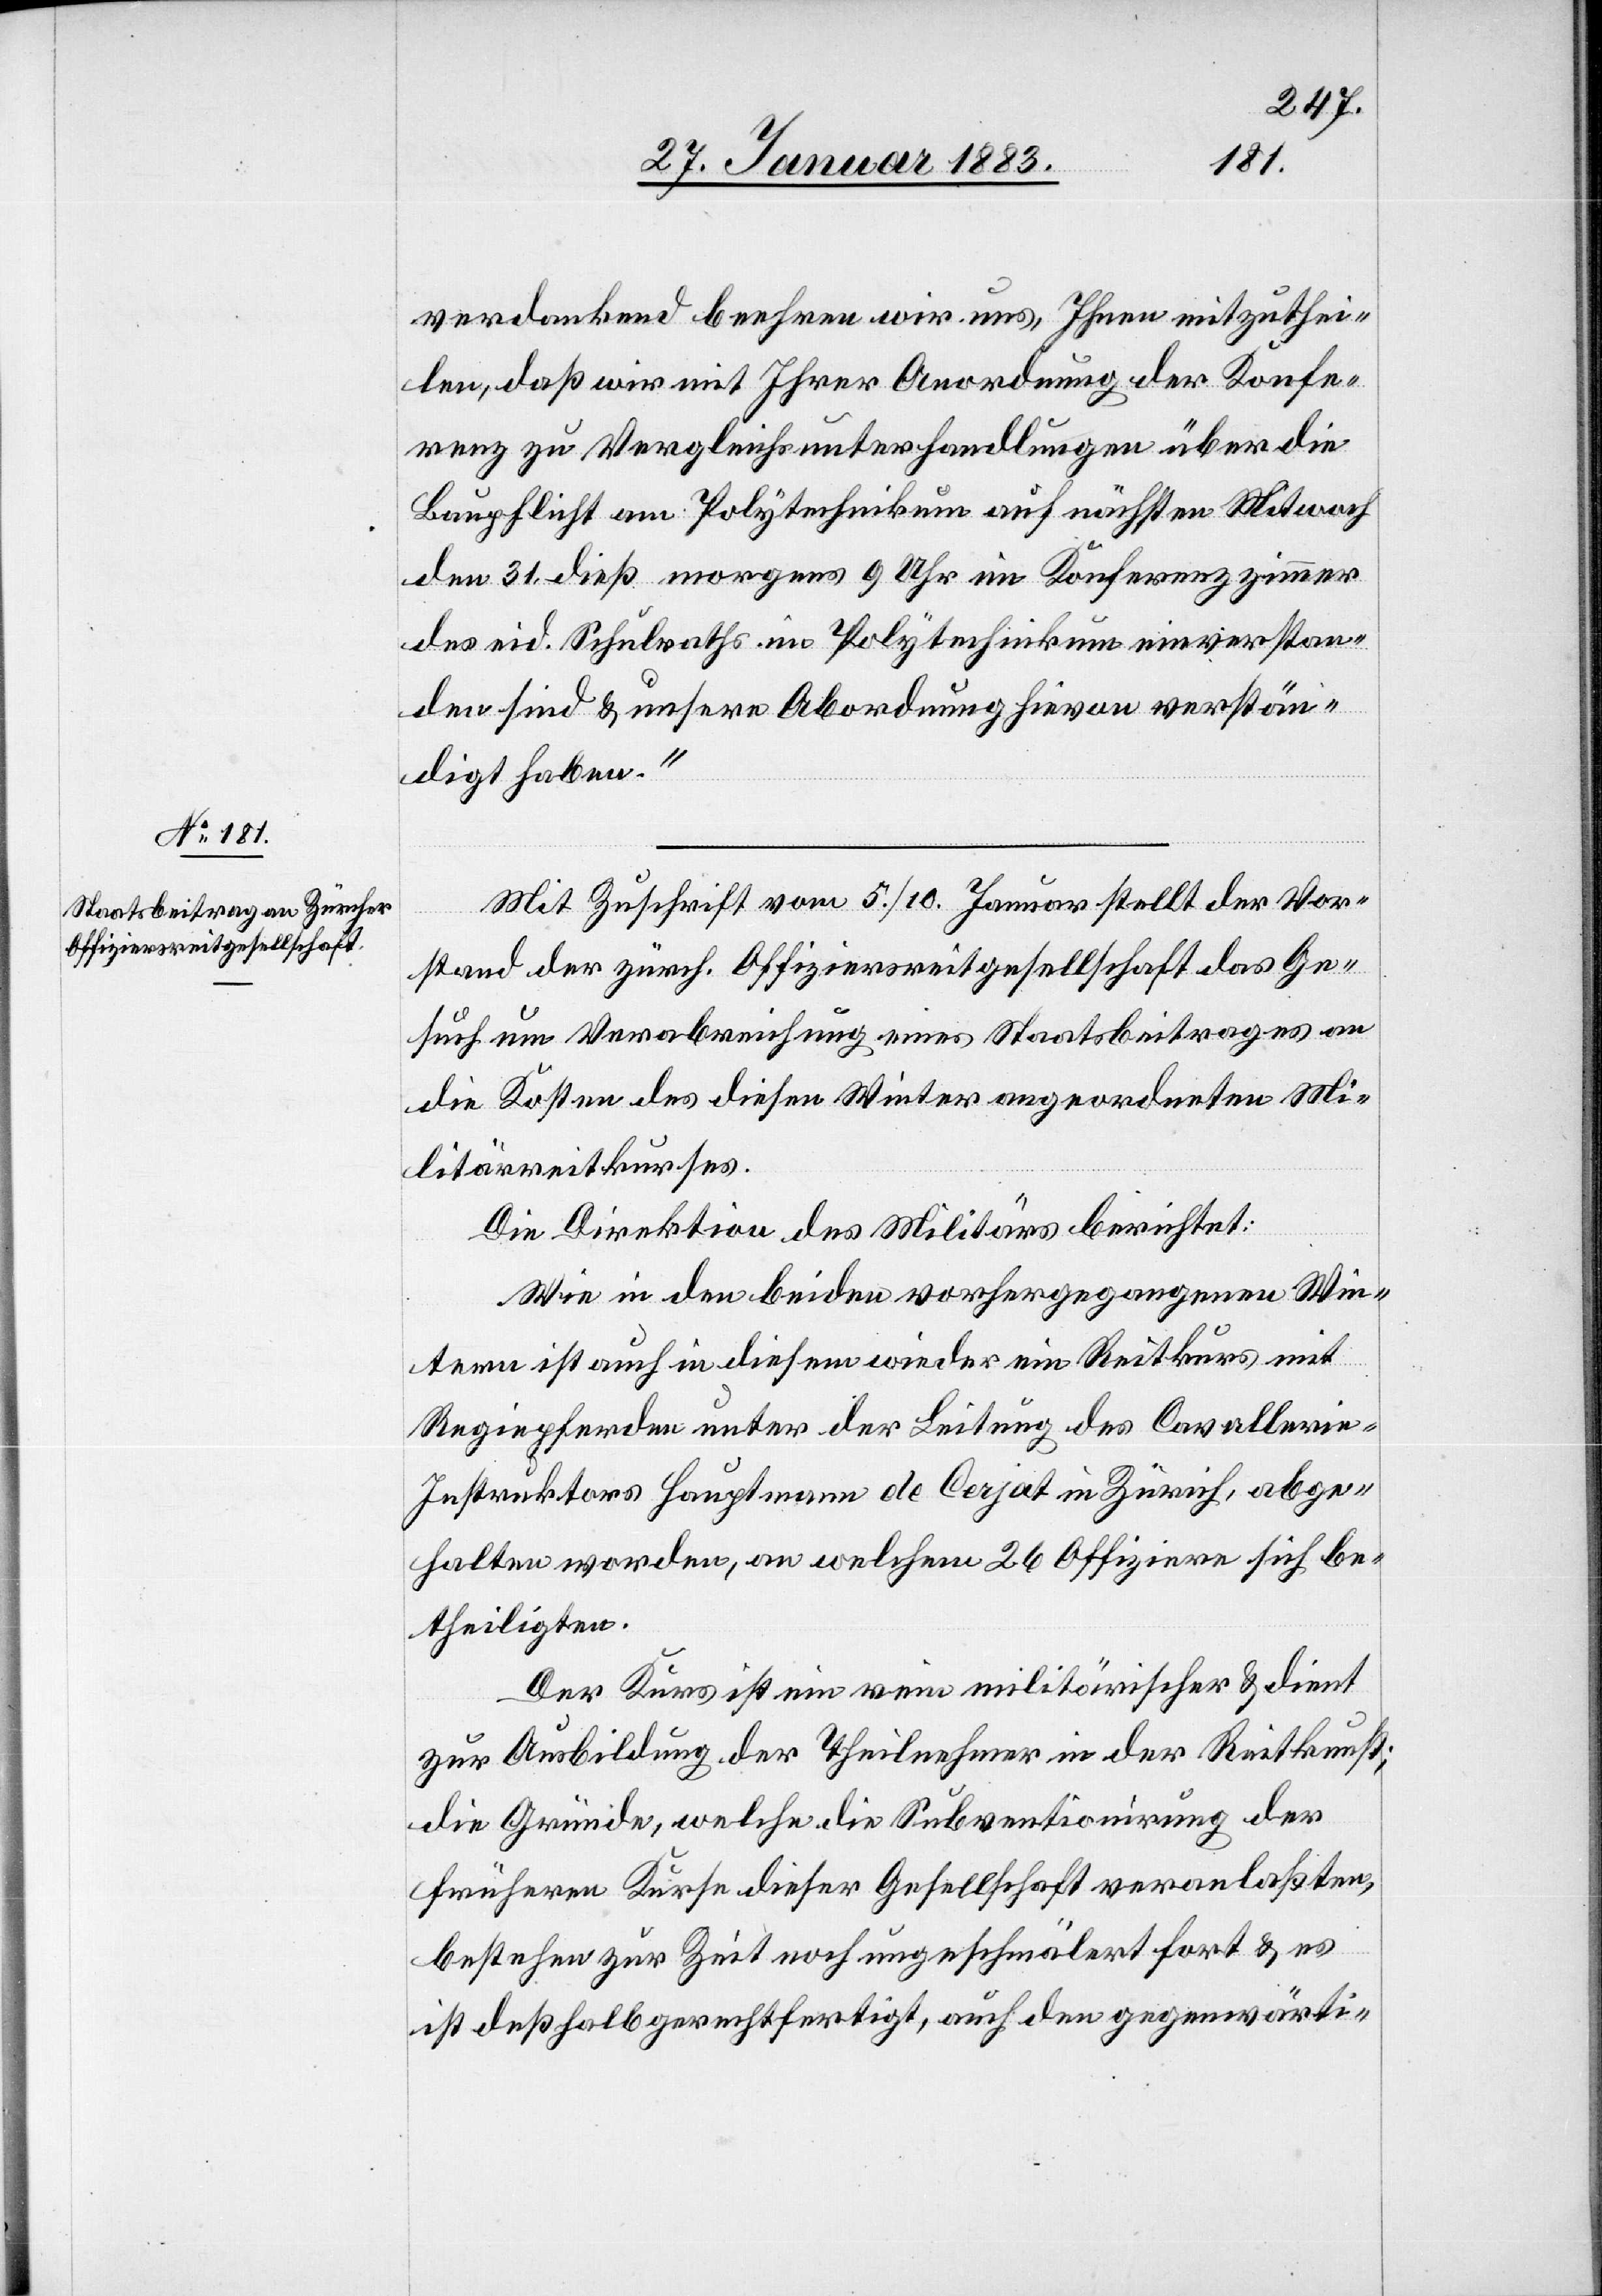
verdankend beehren wir uns, Ihnen mitzuthei¬
len, daß wir mit Ihrer Anordnung der Konfe¬
renz zu Vergleichsunterhandlungen über die
Baupflicht am Polytechnikum auf nächsten Mitwoch
den 31. dieß morgens um 9 Uhr im Konferenzzimmer
des eid. Schulraths im Polytechnikum einverstan¬
den sind & unsere Abordnung hievon verstän¬
digt haben.“
Mit Zuschrift vom 5./10. Januar stellt der Vor¬
stand der zürch. Offiziersreitgesellschaft das Ge¬
such um Verabreichung eines Staatsbeitrages an
die Kosten des diesen Winter angeordneten Mi¬
litärreitkurses.
Die Direktion des Militärs berichtet:
Wie in den beiden vorhergegangenen Win¬
tern ist auch in diesem wieder ein Reitkurs mit
Regiepferden unter der Leitung des Cavalleri¬
e-Instruktors Hauptmann de Cerjat in Zürich, abge¬
halten worden, an welchem 26 Offiziere sich be¬
theiligten.
Der Kurs ist ein rein militärischer & dient
zur Ausbildung der Theilnehmer in der Reitkunst;
die Gründe, welche die Subventionirung der
frühern Kurse dieser Gesellschaft veranlaßten,
bestehen zur Zeit noch ungeschmälert fort & es
ist deßhalb gerechtfertigt, auch den gegenwärti-